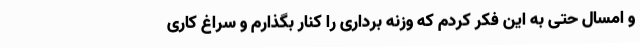
و امسال حتی به این فکر کردم که وزنه برداری را کنار بگذارم و سراغ کاری